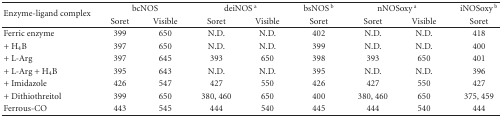
<table><thead><tr><td rowspan="2"><b>Enzyme-ligand complex</b></td><td colspan="2"><b>bcNOS</b></td><td colspan="2"><b>deiNOS<sup>a</sup></b></td><td><b>bsNOS<sup>b</sup></b></td><td colspan="2"><b>nNOSoxy<sup>a</sup></b></td><td><b>iNOSoxy<sup>b</sup></b></td></tr><tr><td><b>Soret</b></td><td><b>Visible</b></td><td><b>Soret</b></td><td><b>Visible</b></td><td><b>Soret</b></td><td><b>Soret</b></td><td><b>Visible</b></td><td><b>Soret</b></td></tr></thead><tbody><tr><td>Ferric enzyme</td><td>399</td><td>650</td><td>N.D.</td><td>N.D.</td><td>402</td><td>N.D.</td><td>N.D.</td><td>418</td></tr><tr><td> + H<sub>4</sub>B</td><td>397</td><td>650</td><td>N.D.</td><td>N.D.</td><td>399</td><td>N.D.</td><td>N.D.</td><td>400</td></tr><tr><td> + L-Arg</td><td>397</td><td>645</td><td>393</td><td>650</td><td>398</td><td>393</td><td>650</td><td>401</td></tr><tr><td> + L-Arg + H<sub>4</sub>B</td><td>395</td><td>643</td><td>N.D.</td><td>N.D.</td><td>395</td><td>N.D.</td><td>N.D.</td><td>396</td></tr><tr><td> + Imidazole</td><td>426</td><td>547</td><td>427</td><td>550</td><td>426</td><td>427</td><td>550</td><td>427</td></tr><tr><td> + Dithiothreitol</td><td>399</td><td>650</td><td>380, 460</td><td>650</td><td>400</td><td>380, 460</td><td>650</td><td>375, 459</td></tr><tr><td>Ferrous-CO</td><td>443</td><td>545</td><td>444</td><td>540</td><td>445</td><td>444</td><td>540</td><td>444</td></tr></tbody></table>